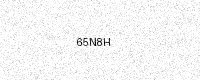
Text: 65N8H